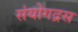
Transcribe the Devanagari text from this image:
संयोगद्रस